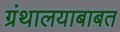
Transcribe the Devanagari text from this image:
ग्रंथालयाबाबत